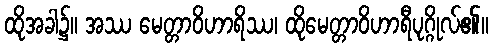
ထိုအခါ၌။ အဿ မေတ္တာဝိဟာရိဿ၊ ထိုမေတ္တာဝိဟာရီပုဂ္ဂိုလ်၏။